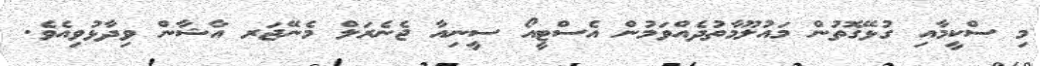
މި ސްކީމާއި ގުޅޭގޮތުން މައުލޫމާތުދެއްވަމުން އެސްޓީއޯ ސީނިއާ ޖެނެރަލް މެނޭޖަރ އާޝާން ވިދާޅުވިއެވެ.